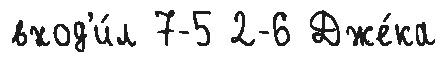
вход'и́л 7-5 2-6 Дже́ка